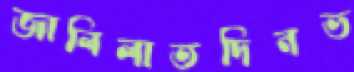
জালিলাতদিনভ